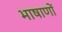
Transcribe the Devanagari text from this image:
भाषाणों